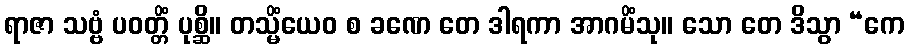
ရာဇာ သဗ္ဗံ ပဝတ္တိံ ပုစ္ဆိ။ တသ္မိံယေဝ စ ခဏေ တေ ဒါရကာ အာဂမိံသု။ သော တေ ဒိသွာ “ကေ